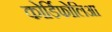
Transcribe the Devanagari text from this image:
कोर्डिफोलिआ